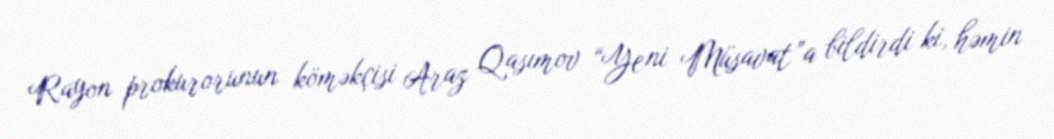
Rayon prokurorunun köməkçisi Araz Qasımov “Yeni Müsavat”a bildirdi ki, həmin